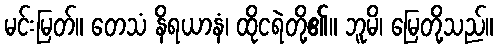
မင်းမြတ်။ တေသံ နိရယာနံ၊ ထိုငရဲတို့၏။ ဘူမိ၊ မြေတို့သည်။